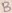
Text: B